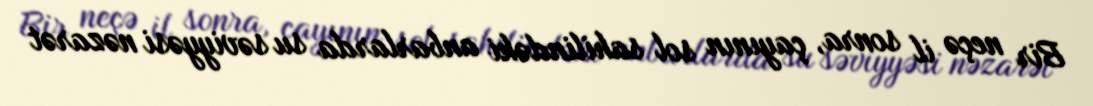
Bir neçə il sonra, çayının sol sahilindəki anbarlarda su səviyyəsi nəzarət